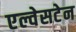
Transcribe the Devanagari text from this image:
एल्वेसटेन